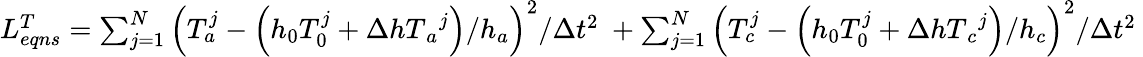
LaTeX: \begin{array}{r}{L_{eqns}^{T}=\sum_{j=1}^{N}{{{\left({T}_{a}^{j}-\left({h}_{0}{T}_{0}^{j}+\Delta{{hT}_{a}}^{j}\right)/{{h}_{a}}\right)}^{2}}/\Delta{{t}^{2}}}\ +\sum_{j=1}^{N}{{{\left({T}_{c}^{j}-\left({h}_{0}{T}_{0}^{j}+\Delta{{hT}_{c}}^{j}\right)/{{h}_{c}}\right)}^{2}}/\Delta{{t}^{2}}}\ }\end{array}